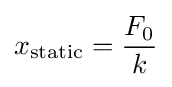
x_{\text{static}}={\frac {F_{0}}{k}}